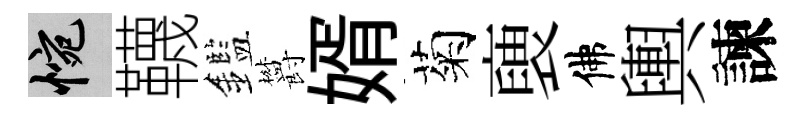
惋韈鑑欝婿菊褏佛輿諫